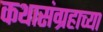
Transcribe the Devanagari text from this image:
कथासंग्रहाच्या